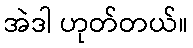
အဲဒါ ဟုတ်တယ်။